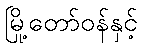
မြို့တော်ဝန်နှင့်